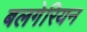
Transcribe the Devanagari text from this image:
बलगेरियन